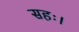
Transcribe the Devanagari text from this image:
सहः।